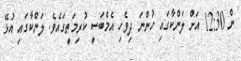
ން 12:30 އަށް ލަންކާގައި ހުންނަ ދިވެހި އެމްބަސީ ކުރިމަތީގައެވެ. ލަންކާގައި އުޅޭ